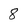
Character: 8